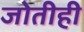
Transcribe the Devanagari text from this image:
जोतीही